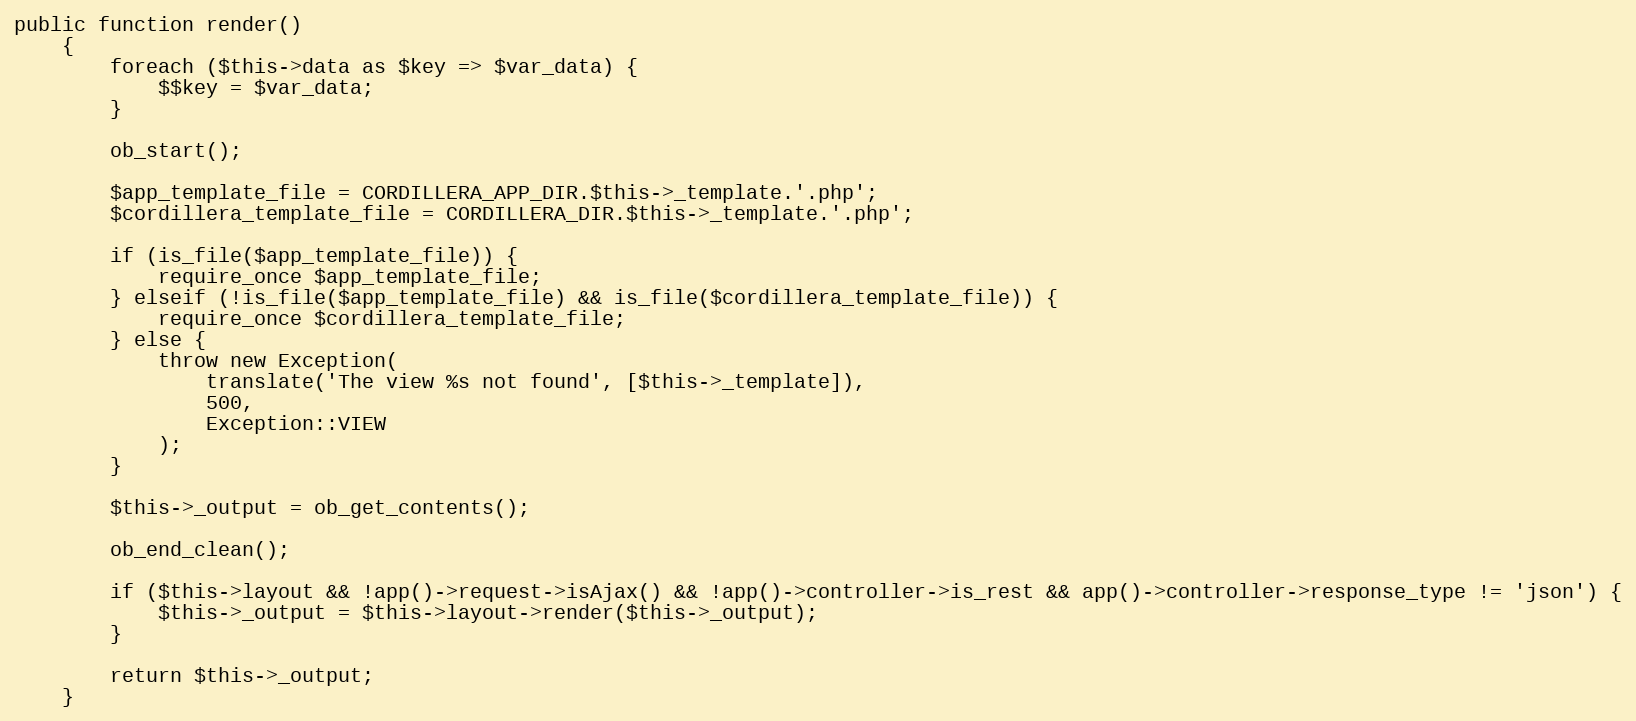
Language: PHP
public function render()
    {
        foreach ($this->data as $key => $var_data) {
            $$key = $var_data;
        }

        ob_start();

        $app_template_file = CORDILLERA_APP_DIR.$this->_template.'.php';
        $cordillera_template_file = CORDILLERA_DIR.$this->_template.'.php';

        if (is_file($app_template_file)) {
            require_once $app_template_file;
        } elseif (!is_file($app_template_file) && is_file($cordillera_template_file)) {
            require_once $cordillera_template_file;
        } else {
            throw new Exception(
                translate('The view %s not found', [$this->_template]),
                500,
                Exception::VIEW
            );
        }

        $this->_output = ob_get_contents();

        ob_end_clean();

        if ($this->layout && !app()->request->isAjax() && !app()->controller->is_rest && app()->controller->response_type != 'json') {
            $this->_output = $this->layout->render($this->_output);
        }

        return $this->_output;
    }